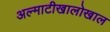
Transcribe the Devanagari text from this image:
अल्माटीखालोखाल